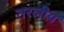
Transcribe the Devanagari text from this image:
तरलीय